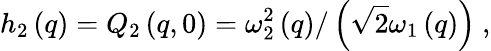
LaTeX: h_{2}\left(q\right)=Q_{2}\left(q,0\right)=\omega_{2}^{2}\left(q\right)/\left(\sqrt{2}\omega_{1}\left(q\right)\right)\ ,